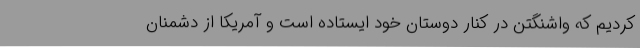
کردیم که واشنگتن در کنار دوستان خود ایستاده است و آمریکا از دشمنان